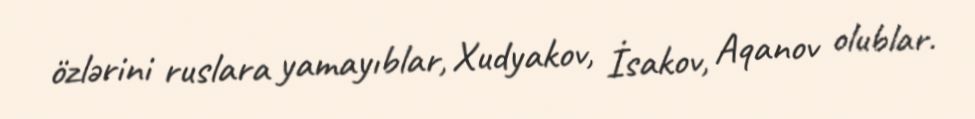
özlərini ruslara yamayıblar, Xudyakov, İsakov, Aqanov olublar.